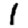
Digit: 1